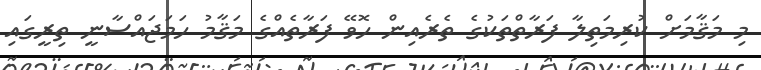
މި މަޤާމަށް ކުރިމަތިލާ ފަރާތްތަކުގެ ތެރެއިން ހޮވޭ ފަރާތެއްގެ މަޤާމު ހަމަޖައްސާނީ ތިރީގައި